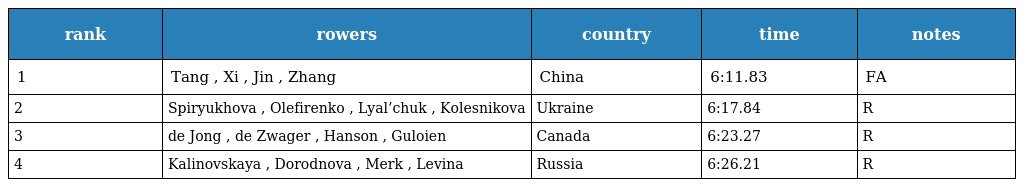
| rank | rowers | country | time | notes |
 | --- | --- | --- | --- | --- |
 | 1 | Tang , Xi , Jin , Zhang | China | 6:11.83 | FA |
 | 2 | Spiryukhova , Olefirenko , Lyal’chuk , Kolesnikova | Ukraine | 6:17.84 | R |
 | 3 | de Jong , de Zwager , Hanson , Guloien | Canada | 6:23.27 | R |
 | 4 | Kalinovskaya , Dorodnova , Merk , Levina | Russia | 6:26.21 | R |